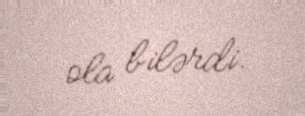
ola bilərdi.